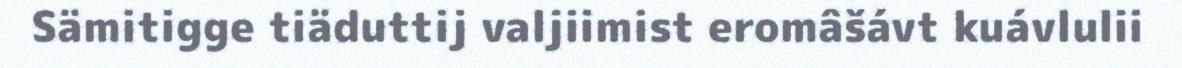
Sämitigge tiäduttij valjiimist eromâšávt kuávlulii